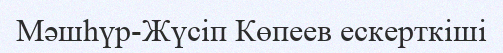
Мәшһүр-Жүсіп Көпеев ескерткіші